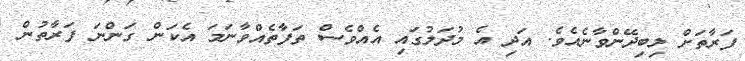
ފަރާތަށް ލިބިދޭންވާނެއެވެ. އަދި އެ މުދަލުގައި އެއްވެސް ތަފާތެއްވާނަމަ އެކަން ގަންނަ ފަރާތުން